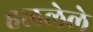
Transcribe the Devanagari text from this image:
हललेले